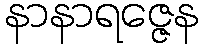
နာနာရဇ္ဇေန